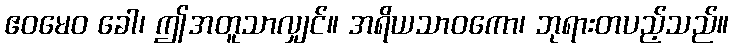
ဧဝမေဝ ခေါ၊ ဤအတူသာလျှင်။ အရိယသာဝကော၊ ဘုရားတပည့်သည်။